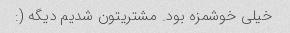
خیلی خوشمزه بود. مشتریتون شدیم دیگه (: